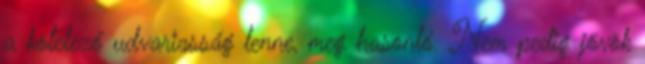
a kötelező udvariasság lenne, meg hasonló. Nem pedig jövök